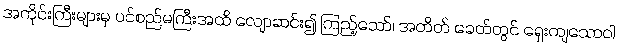
အကိုင်းကြီးများမှ ပင်စည်မကြီးအထိ လျောဆင်း၍ ကြည့်သော်၊ အတိတ် ခေတ်တွင် ရှေးကျသောဝါ